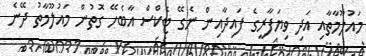
މައުލޫމާތާއި އަދި ވިޔަފާރީގެ ފައިދާއިން ނެގޭ ޓެކްސް އާބެހޭ ގޮތުން މައުލޫމާތު ދޭނެ